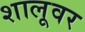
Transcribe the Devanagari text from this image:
शालूवर